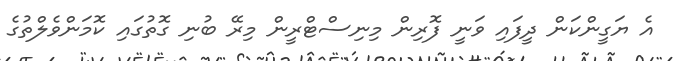
އެ ޔަގީންކަން ދީފައި ވަނީ ފޮރިން މިނިސްޓްރީން މިރޭ ބުނި ގޮތުގައި ކޮމަންވެލްތުގެ